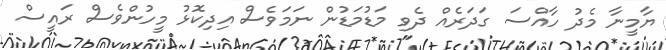
ޔާމީނާ މެދު ހާއްސަ ގަދަރެއް ދެވި މަޑުމަޑުން ނަމަވެސް އިދިކޮޅު މީހުންވެސް ރައީސް